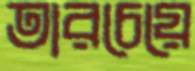
তারচেয়ে